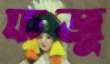
ফজু